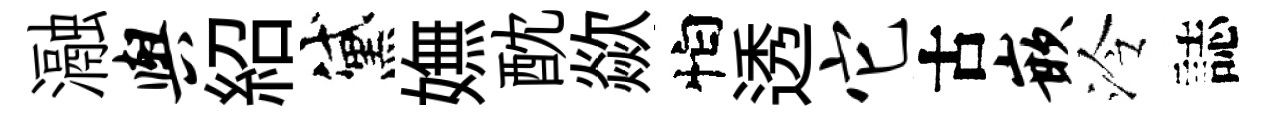
瀜舆紹黛嫵酖歘怕透它古嵌泠誌